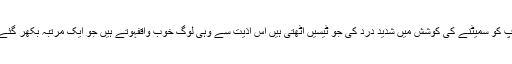
اپنے آپ کو سمیٹنے کی کوشش میں شدید درد کی جو ٹیسیں اُٹھتی ہیں اُس اذیت سے وہی لوگ خوب واقفہوتے ہیں جو ایک مرتبہ بکھر گئے ہوں ۔